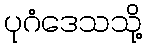
ပုဂံဒေသသို့